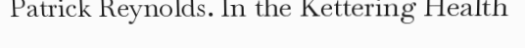
Patrick Reynolds. In the Kettering Health